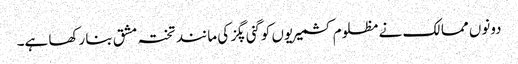
دونوں ممالک نے مظلوم کشمیریوں کو گنی پگز کی مانند تختہ مشق بنا رکھا ہے۔